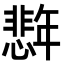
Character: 𪪈